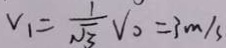
v _ { 1 } = \frac { 1 } { \sqrt { 3 } } V _ { 0 } = 3 m / s